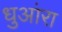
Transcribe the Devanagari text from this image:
धुआंरा